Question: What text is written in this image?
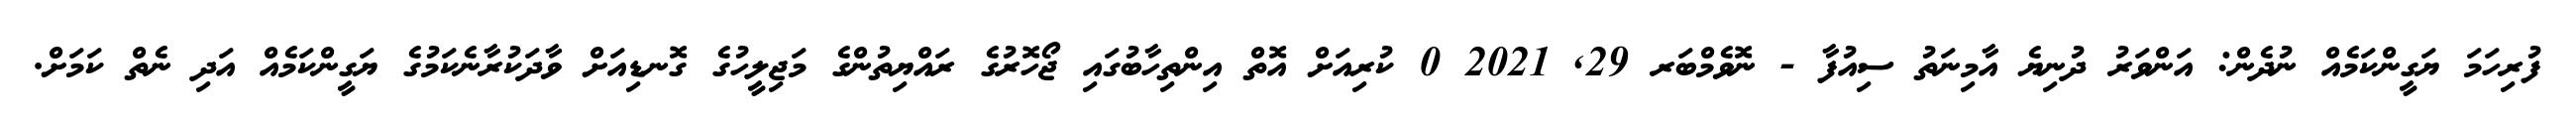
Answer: ފުރިހަމަ ޔަގީންކަމެއް ނުދެން: އަންވަރު ދުނިޔެ އާމިނަތު ސިއުފާ - ނޮވެމްބަރ 29, 2021 0 ކުރިއަށް އޮތް އިންތިހާބުގައި ޖޯހޮރުގެ ރައްޔިތުންގެ މަޖިލީހުގެ ގޮނޑިއަށް ވާދަކުރާނެކަމުގެ ޔަގީންކަމެއް އަދި ނެތް ކަމަށް.